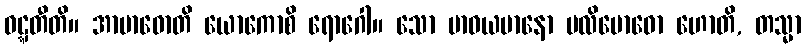
ဝဋ္ဋတီတိ။ အာဗာဓောတိ ယောကောစိ ရောဂေါ။ သော ဗာဓယမာနော ပလိဗောဓော ဟောတိ, တသ္မာ